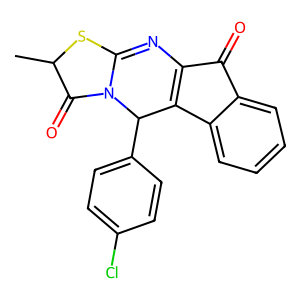
SMILES: CC1SC2=NC3=C(c4ccccc4C3=O)C(c3ccc(Cl)cc3)N2C1=O
Inhibits HIV replication: No